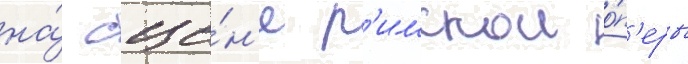
на́ сце́н'е р'имскои о́п'еры